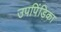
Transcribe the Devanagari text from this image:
उपपिंडिका